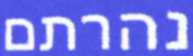
נהרתם